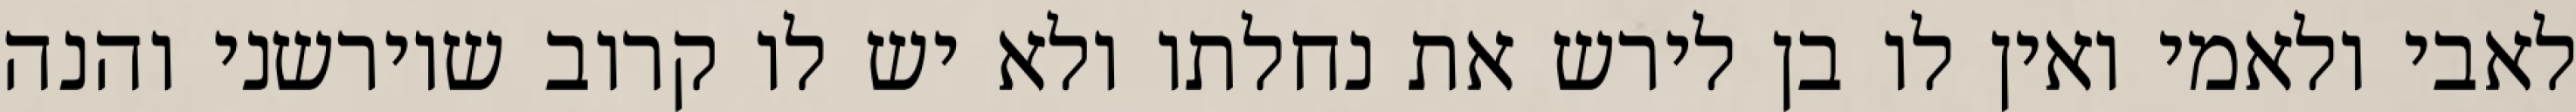
לאבי ולאמי ואין לו בן לירש את נחלתו ולא יש לו קרוב שיורשני והנה